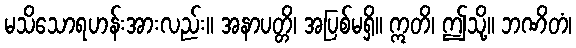
မသိသောရဟန်းအားလည်း။ အနာပတ္တိ၊ အပြစ်မရှိ။ ဣတိ၊ ဤသို့။ ဘဏိတံ၊